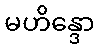
မဟိန္ဒော